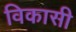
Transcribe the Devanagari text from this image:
विकासी